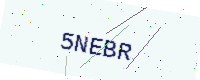
Text: 5NEBR